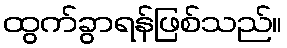
ထွက်ခွာရန်ဖြစ်သည်။